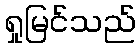
ရှုမြင်သည်